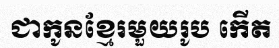
ជាកូនខ្មែរមួយរូប កើត